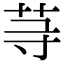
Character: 䒭